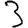
Digit: 3